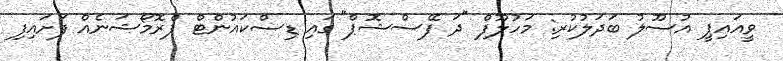
ވީއައިޕީ އުސޫލު ބަދަލުކުރި: މަހުލޫފް "ދަ ފޭސްޝޮޕް" ގައި ޑިސްކައުންޓް ޕްރޮމޯޝަނެއް ފަށައިފި